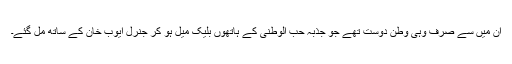
ان میں سے صرف وہی وطن دوست تھے جو جذبہ حب الوطنی کے ہاتھوں بلیک میل ہو کر جنرل ایوب خان کے ساتھ مل گئے۔